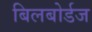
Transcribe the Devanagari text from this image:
बिलबोर्डज